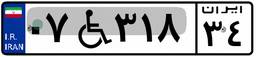
۰۷W۳۱۸۳۴